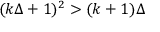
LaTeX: ( k \Delta + 1 ) ^ { 2 } > ( k + 1 ) \Delta